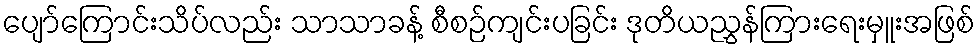
ပျော်ကြောင်းသိပ်လည်း သာသာခန့် စီစဉ်ကျင်းပခြင်း ဒုတိယညွှန်ကြားရေးမှူးအဖြစ်